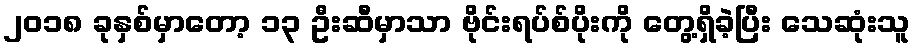
၂၀၁၈ ခုနှစ်မှာတော့ ၁၃ ဦးဆီမှာသာ ဗိုင်းရပ်စ်ပိုးကို တွေ့ရှိခဲ့ပြီး သေဆုံးသူ